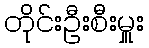
တိုင်းဦးစီးမှူး